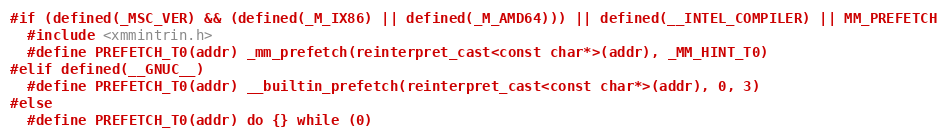
Language: C
#if (defined(_MSC_VER) && (defined(_M_IX86) || defined(_M_AMD64))) || defined(__INTEL_COMPILER) || MM_PREFETCH
  #include <xmmintrin.h>
  #define PREFETCH_T0(addr) _mm_prefetch(reinterpret_cast<const char*>(addr), _MM_HINT_T0)
#elif defined(__GNUC__)
  #define PREFETCH_T0(addr) __builtin_prefetch(reinterpret_cast<const char*>(addr), 0, 3)
#else
  #define PREFETCH_T0(addr) do {} while (0)